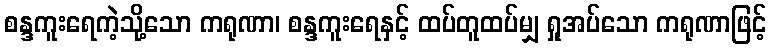
စန္ဒကူးရေကဲ့သို့သော ကရုဏာ၊ စန္ဒကူးရေနှင့် ထပ်တူထပ်မျှ ရှုအပ်သော ကရုဏာဖြင့်